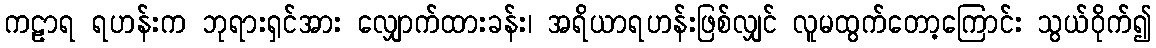
ကဠာရ ရဟန်းက ဘုရားရှင်အား လျှောက်ထားခန်း၊ အရိယာရဟန်းဖြစ်လျှင် လူမထွက်တော့ကြောင်း သွယ်ဝိုက်၍